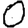
Digit: 0